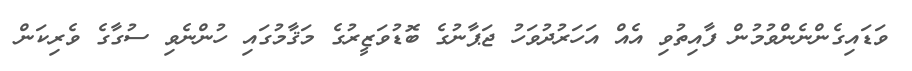
ވަޑައިގެންނެންވުމުން ފާއިތުވި އެއް އަހަރުދުވަހު ޖަޕާނުގެ ބޮޑުވަޒީރުގެ މަޤާމުގައި ހުންނެވި ސުގާގެ ވެރިކަން